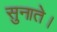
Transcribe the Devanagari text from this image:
सुनाते।